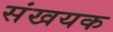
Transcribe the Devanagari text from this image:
संखयक